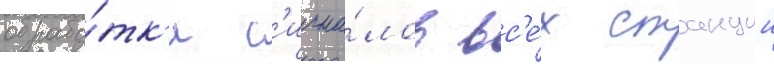
обрабо́тк'и с'игна́лов вс'е́х станции